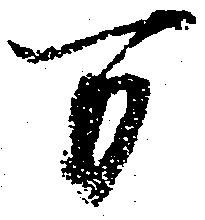
万